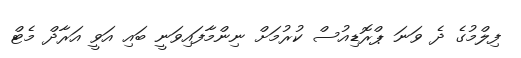
ފިލްމުގެ ދެ ވަނަ ޕްރޮޑިއުސް ކުރުމަށް ނިންމާފައިވަނީ ބައި އަވީ އަރާދް މެޓް